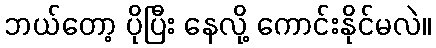
ဘယ်တော့ ပိုပြီး နေလို့ ကောင်းနိုင်မလဲ။